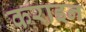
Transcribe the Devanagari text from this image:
कराइन